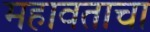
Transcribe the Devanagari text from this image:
महावताचा